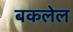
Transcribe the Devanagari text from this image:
बकलेल